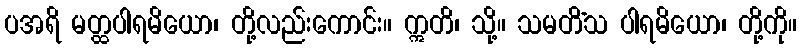
ပအရိ မတ္ထပါရမိယော၊ တို့လည်းကောင်း။ ဣတိ၊ သို့။ သမတိံသ ပါရမိယော၊ တို့ကို။